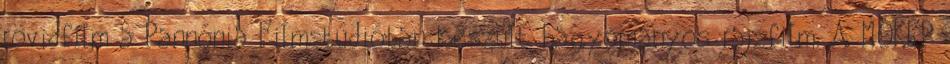
rövidfilm a Pannónia Filmstúdióban készült hagyományos rajzfilm. A MOKÉP